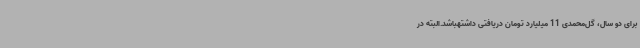
برای دو سال، گل‌محمدی 11 میلیارد تومان دریافتی داشتهباشد.البته در